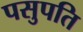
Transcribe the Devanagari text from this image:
पसुपति